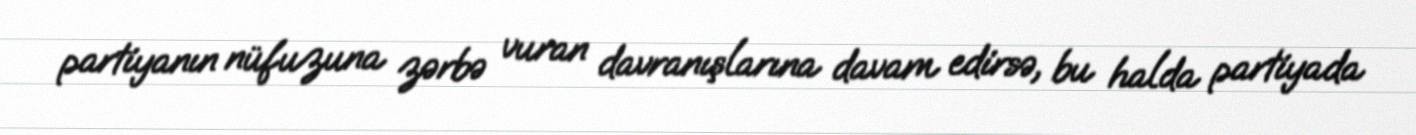
partiyanın nüfuzuna zərbə vuran davranışlarına davam edirsə, bu halda partiyada